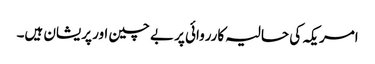
امریکہ کی حالیہ کارروائی پر بے چین اور پریشان ہیں۔